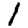
Digit: 1